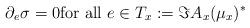
LaTeX: \begin{align*}\partial_e \sigma=0 \textrm{for all \(e\in T_x:=\Im A_x(\mu_x)^*\)} \end{align*}